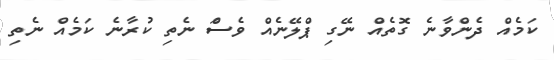
ކަމެއް ދެންވާނެ ގޮތެއް ނޭގި ޕްލޭނެއް ވެސަް ނެތި ކުރާނެ ކަމެއް ނެތި